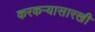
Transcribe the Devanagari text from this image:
करकऱ्यासारखी